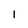
Character: 1